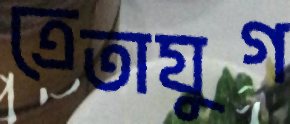
ত্রেতাযুগ